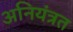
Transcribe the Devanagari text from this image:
अनियंत्रत